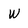
Character: W